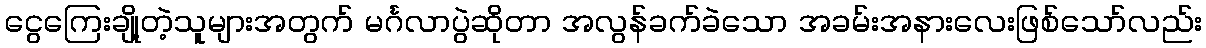
ငွေကြေးချို့တဲ့သူများအတွက် မင်္ဂလာပွဲဆိုတာ အလွန်ခက်ခဲသော အခမ်းအနားလေးဖြစ်သော်လည်း